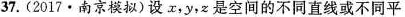
37.(2017·南京模拟)设x，y，z是空间的不同直线或不同平